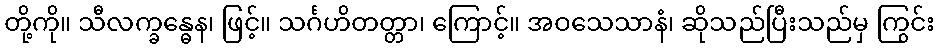
တို့ကို။ သီလက္ခန္ဓေန၊ ဖြင့်။ သင်္ဂဟိတတ္တာ၊ ကြောင့်။ အဝသေသာနံ၊ ဆိုသည်ပြီးသည်မှ ကြွင်း